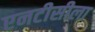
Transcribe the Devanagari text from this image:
एनटीसीला